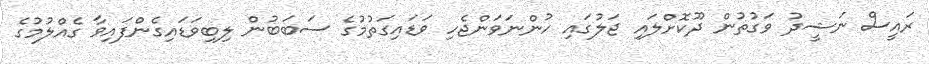
ރައީސް ނަޝީދު ވަގުތުން ދޫކޮށްލައި ޖަލުގައި ހުންނަވަންޖެހި ވަޑައިގަތުމުގެ ސަބަބުން ލިބިވަޑައިގެންފައިވާ ގެއްލުމުގެ